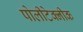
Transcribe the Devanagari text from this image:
पोलीटेक्‍नीक